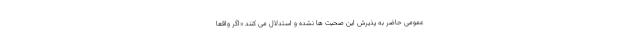
عمومی حاضر به پذیرش این صحبت ها نشده و استدلال می کنند «اگر واقعا